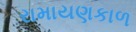
રામાયણકાળ